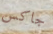
جاكس